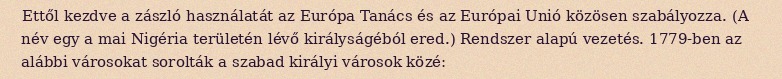
Ettől kezdve a zászló használatát az Európa Tanács és az Európai Unió közösen szabályozza. (A név egy a mai Nigéria területén lévő királyságéból ered.) Rendszer alapú vezetés. 1779-ben az alábbi városokat sorolták a szabad királyi városok közé: